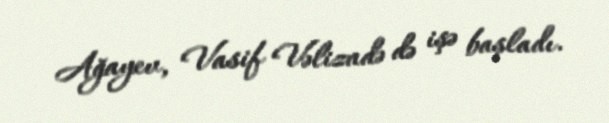
Ağayev, Vasif Vəlizadə də işə başladı.